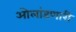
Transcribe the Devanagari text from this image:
ओलांडणारी